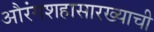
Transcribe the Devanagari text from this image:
औरंगशहासारख्याची